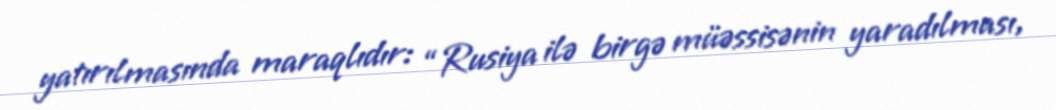
yatırılmasında maraqlıdır: “Rusiya ilə birgə müəssisənin yaradılması,